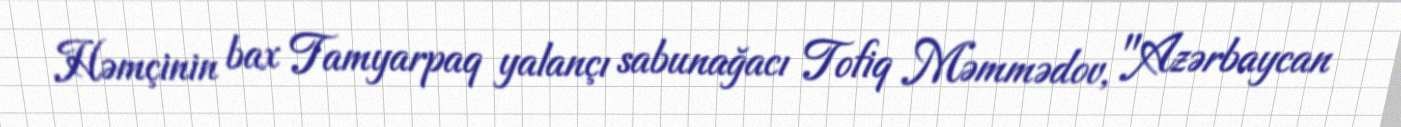
Həmçinin bax Tamyarpaq yalançı sabunağacı Tofiq Məmmədov, "Azərbaycan